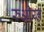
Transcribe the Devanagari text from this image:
रुओय्त